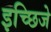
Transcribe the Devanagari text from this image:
इच्छिजे